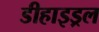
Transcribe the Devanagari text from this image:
डीहाइड्रल